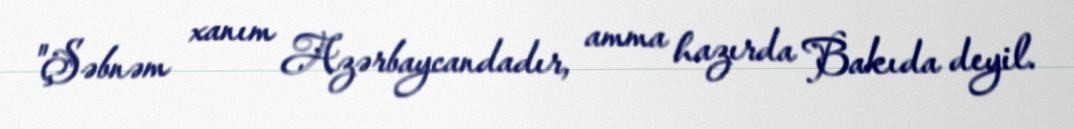
"Şəbnəm xanım Azərbaycandadır, amma hazırda Bakıda deyil.